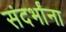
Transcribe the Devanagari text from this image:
संदर्भांना